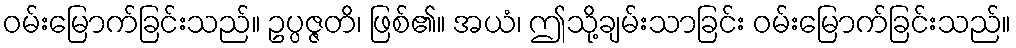
ဝမ်းမြောက်ခြင်းသည်။ ဥပ္ပဇ္ဇတိ၊ ဖြစ်၏။ အယံ၊ ဤသို့ချမ်းသာခြင်း ဝမ်းမြောက်ခြင်းသည်။